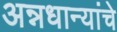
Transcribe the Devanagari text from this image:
अन्नधान्यांचे